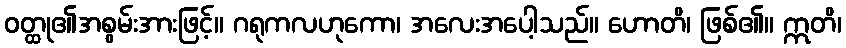
ဝတ္ထု၏အစွမ်းအားဖြင့်။ ဂရုကလဟုကော၊ အလေးအပေါ့သည်။ ဟောတိ၊ ဖြစ်၏။ ဣတိ၊